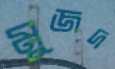
মুজদ